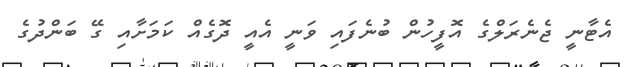
އެޓާނީ ޖެނެރަލްގެ އޮފީހުން ބުނެފައި ވަނީ އެއީ ދޮގެއް ކަމަށާއި ގޭ ބަންދުގެ